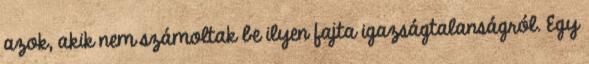
azok, akik nem számoltak be ilyen fajta igazságtalanságról. Egy